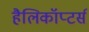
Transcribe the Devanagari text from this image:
हैलिकॉप्टर्स